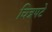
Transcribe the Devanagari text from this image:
चित्रपटे